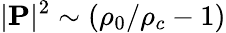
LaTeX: |{\mathbf P}|^{2}\sim(\rho_{0}/\rho_{c}-1)